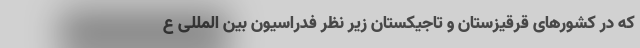
که در کشورهای قرقیزستان و تاجیکستان زیر نظر فدراسیون بین المللی ع